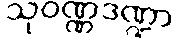
သုဝဏ္ဏဒဏ္ဍာ